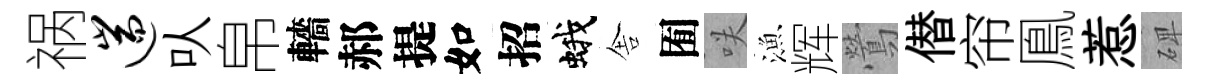
祸遄㕥帛轖郝提如招蛾舎囿咲漁辉鶯僣帘鳯惹𥓓